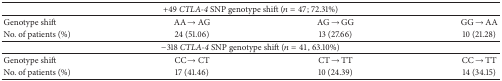
<table><thead><tr><td colspan="4"><b>+49 <i>CTLA-4</i> SNP genotype shift (<i>n</i> = 47; 72.31%) </b></td></tr></thead><tbody><tr><td>Genotype shift</td><td>AA→AG</td><td>AG→GG</td><td>GG→AA</td></tr><tr><td>No. of patients (%)</td><td>24 (51.06)</td><td>13 (27.66)</td><td>10 (21.28)</td></tr><tr><td colspan="4">−318 <i>CTLA-4</i> SNP genotype shift (<i>n</i> = 41, 63.10%) </td></tr><tr><td>Genotype shift</td><td>CC→CT</td><td>CT→TT</td><td>CC→TT</td></tr><tr><td>No. of patients (%)</td><td>17 (41.46)</td><td>10 (24.39)</td><td>14 (34.15)</td></tr></tbody></table>